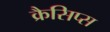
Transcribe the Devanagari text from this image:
क्रैसिप्स